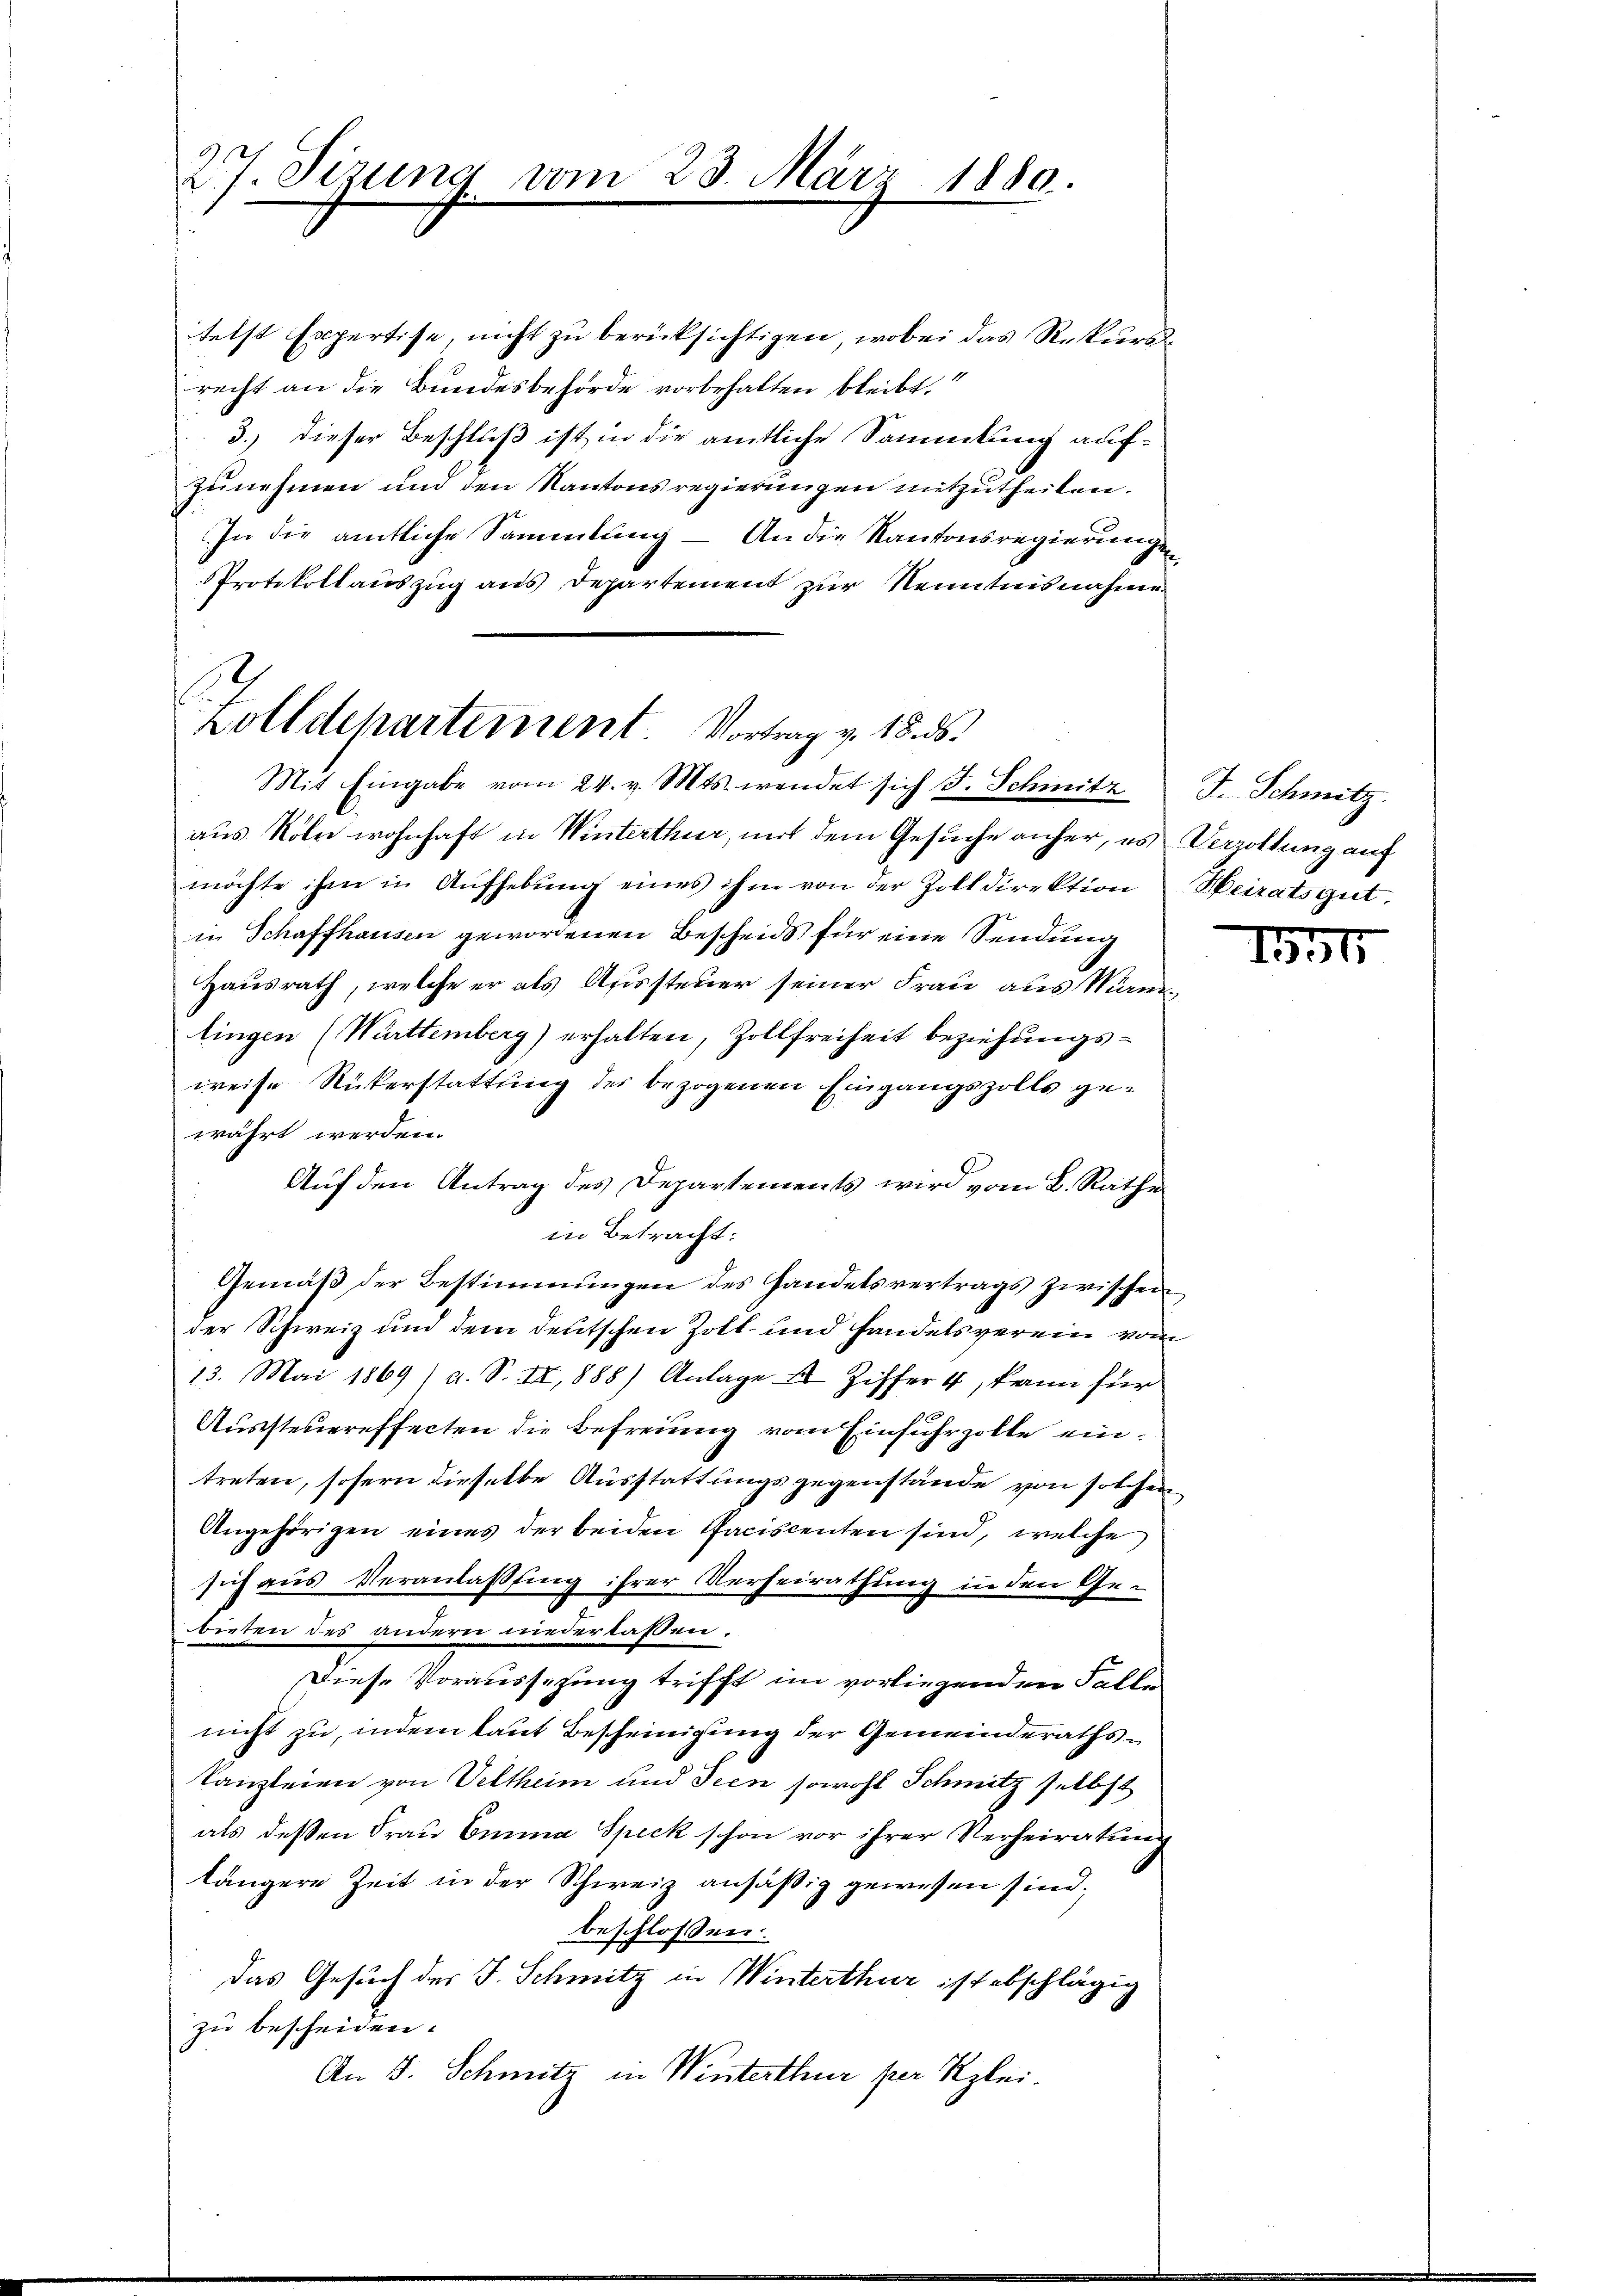
27. Sizung vom

telst Expertise, nicht zu berücksichtigen, wobei das Rekursrecht an die Bundesbehörde vorbehalten bleibt,
3.) dieser Beschluß ist in die amtliche Sammlung aufzunehmen und den Kantonsregierungen mitzutheilen.
In die amtliche Sammlung – An die Kantonsregierungen
Protokollauszug aus Departement zur Kenntnisnahme
f

23. März 1880.

Zolldepartement. Vortrag v. 18. ds.
Mit Eingabe vom 24. v. Mts. wendet sich F. Schmitz

aus Köln wohnhaft in Winterthur, mit dem Gesuche anher, es Verzoltung auf
möchte ihm in Aŭfhebŭng eines ihm von der Zolldirektion Heiratsgut,
in Schaffhausen gewordenen Bescheids für eine Sendung
Hausrath, welche er als Aussteuer seiner Frau aus Mannlingen (Württemberg) erhalten, Zollfreiheit beziehungsweise Rükerstattung des bezogenen Eingangszolls gewährt werden.
Auf den Antrag des Departements wird vom B. Rathe
in Betracht:
Gemäβ der Bestimmungen des Handelsvertrags zwischen
der Schweiz und dem deutschen Zoll- und Handelsverein vom
13. Mai 1869 / a. S. IX, 888) Anlage I Ziffer 4, kann für
Aussteuereffecten die Befreiung vom Einfuhrzolle eintreten, sofern dieselbe Ausstattungsgegenstände von solchen
Angehörigen eines der beiden Paciscenten sind, welche
sich aus Veranlassung ihrer Verheirathung in den Ge-
bieten des andern niederlassen.
Diese Voraussetzung trifft im vorliegenden Falle
nicht zu, indem laut Bescheinigung der Gemeinderaths¬
Kanzleien von Veltheim und Seen sowohl Schmitz selbst
als deßen Frau Emina Speck schon vor ihrer Verheiratung
längere Zeit in der Schweiz ansäßig gewesen sind.
beschlossen:
das Gesuch des J. Schmitz in Winterthur ist abschlägig
zu bescheiden.
An 5. Schmitz in Winterthur per Klei¬

J. Schmitz

1531